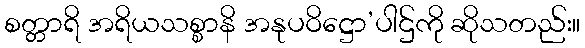
စတ္တာရိ အရိယသစ္စာနိ အနုပဝိဋ္ဌော’ပါဌ်ကို ဆိုသတည်း။